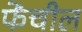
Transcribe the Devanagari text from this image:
फेंचील